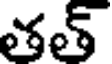
తత్